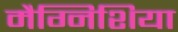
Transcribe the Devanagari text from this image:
मैग्निशिया